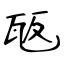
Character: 瓪